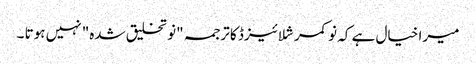
میرا خیال ہے کہ نو کمرشلائیزڈ کا ترجمہ "نو تخلیق شدہ" نہیں ہوتا ۔